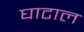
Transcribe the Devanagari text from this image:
घाटाल